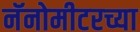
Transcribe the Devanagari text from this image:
नॅनोमीटरच्या